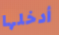
أدخلها